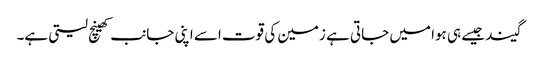
گیند جیسے ہی ہوا میں جاتی ہے زمین کی قوت اسے اپنی جانب کھینچ لیتی ہے۔